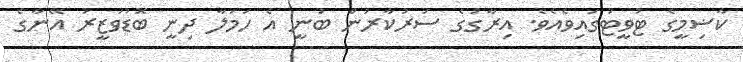
ކާޟިމީގެ ޓުވީޓުގައިވެއެވެ. އިރާގުގެ ސަރުކާރުން ބުނީ އެ ހަމަލާ ދިނީ ބޮޑުވަޒީރު އޭނާގެ